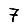
Digit: 7